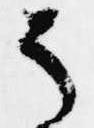
そ